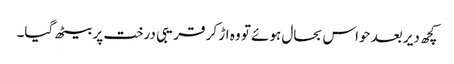
کچھ دیر بعد حواس بحال ہوئے تو وہ اڑ کر قریبی درخت پر بیٹھ گیا۔